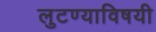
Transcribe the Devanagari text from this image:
लुटण्याविषयी